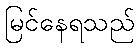
မြင်နေရသည်